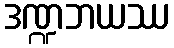
ဒဏ္ဍဘယဿ